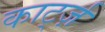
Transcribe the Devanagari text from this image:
कार्ट्ज़